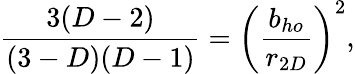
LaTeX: \frac{3(D-2)}{(3-D)(D-1)}=\left(\frac{b_{ho}}{r_{2D}}\right)^{2},